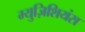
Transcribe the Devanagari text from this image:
म्युज़िशियंस